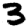
Digit: 3